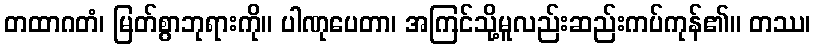
တထာဂတံ၊ မြတ်စွာဘုရားကို။ ပါဏုပေတာ၊ အကြင်သို့မူလည်းဆည်းကပ်ကုန်၏။ တဿ၊